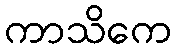
ကာသိကေ